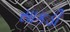
સાકડી